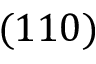
( 1 1 0 )